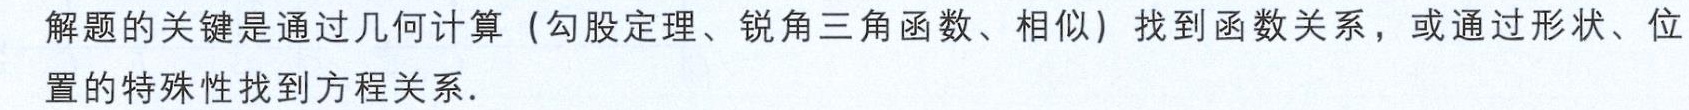
解题的关键是通过几何计算（勾股定理、锐角三角函数、相似）找到函数关系，或通过形状、位置的特殊性找到方程关系.